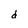
Character: d